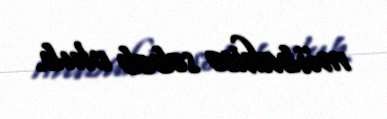
mübahisə səbəb olub.